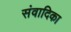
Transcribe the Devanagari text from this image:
संवादिका